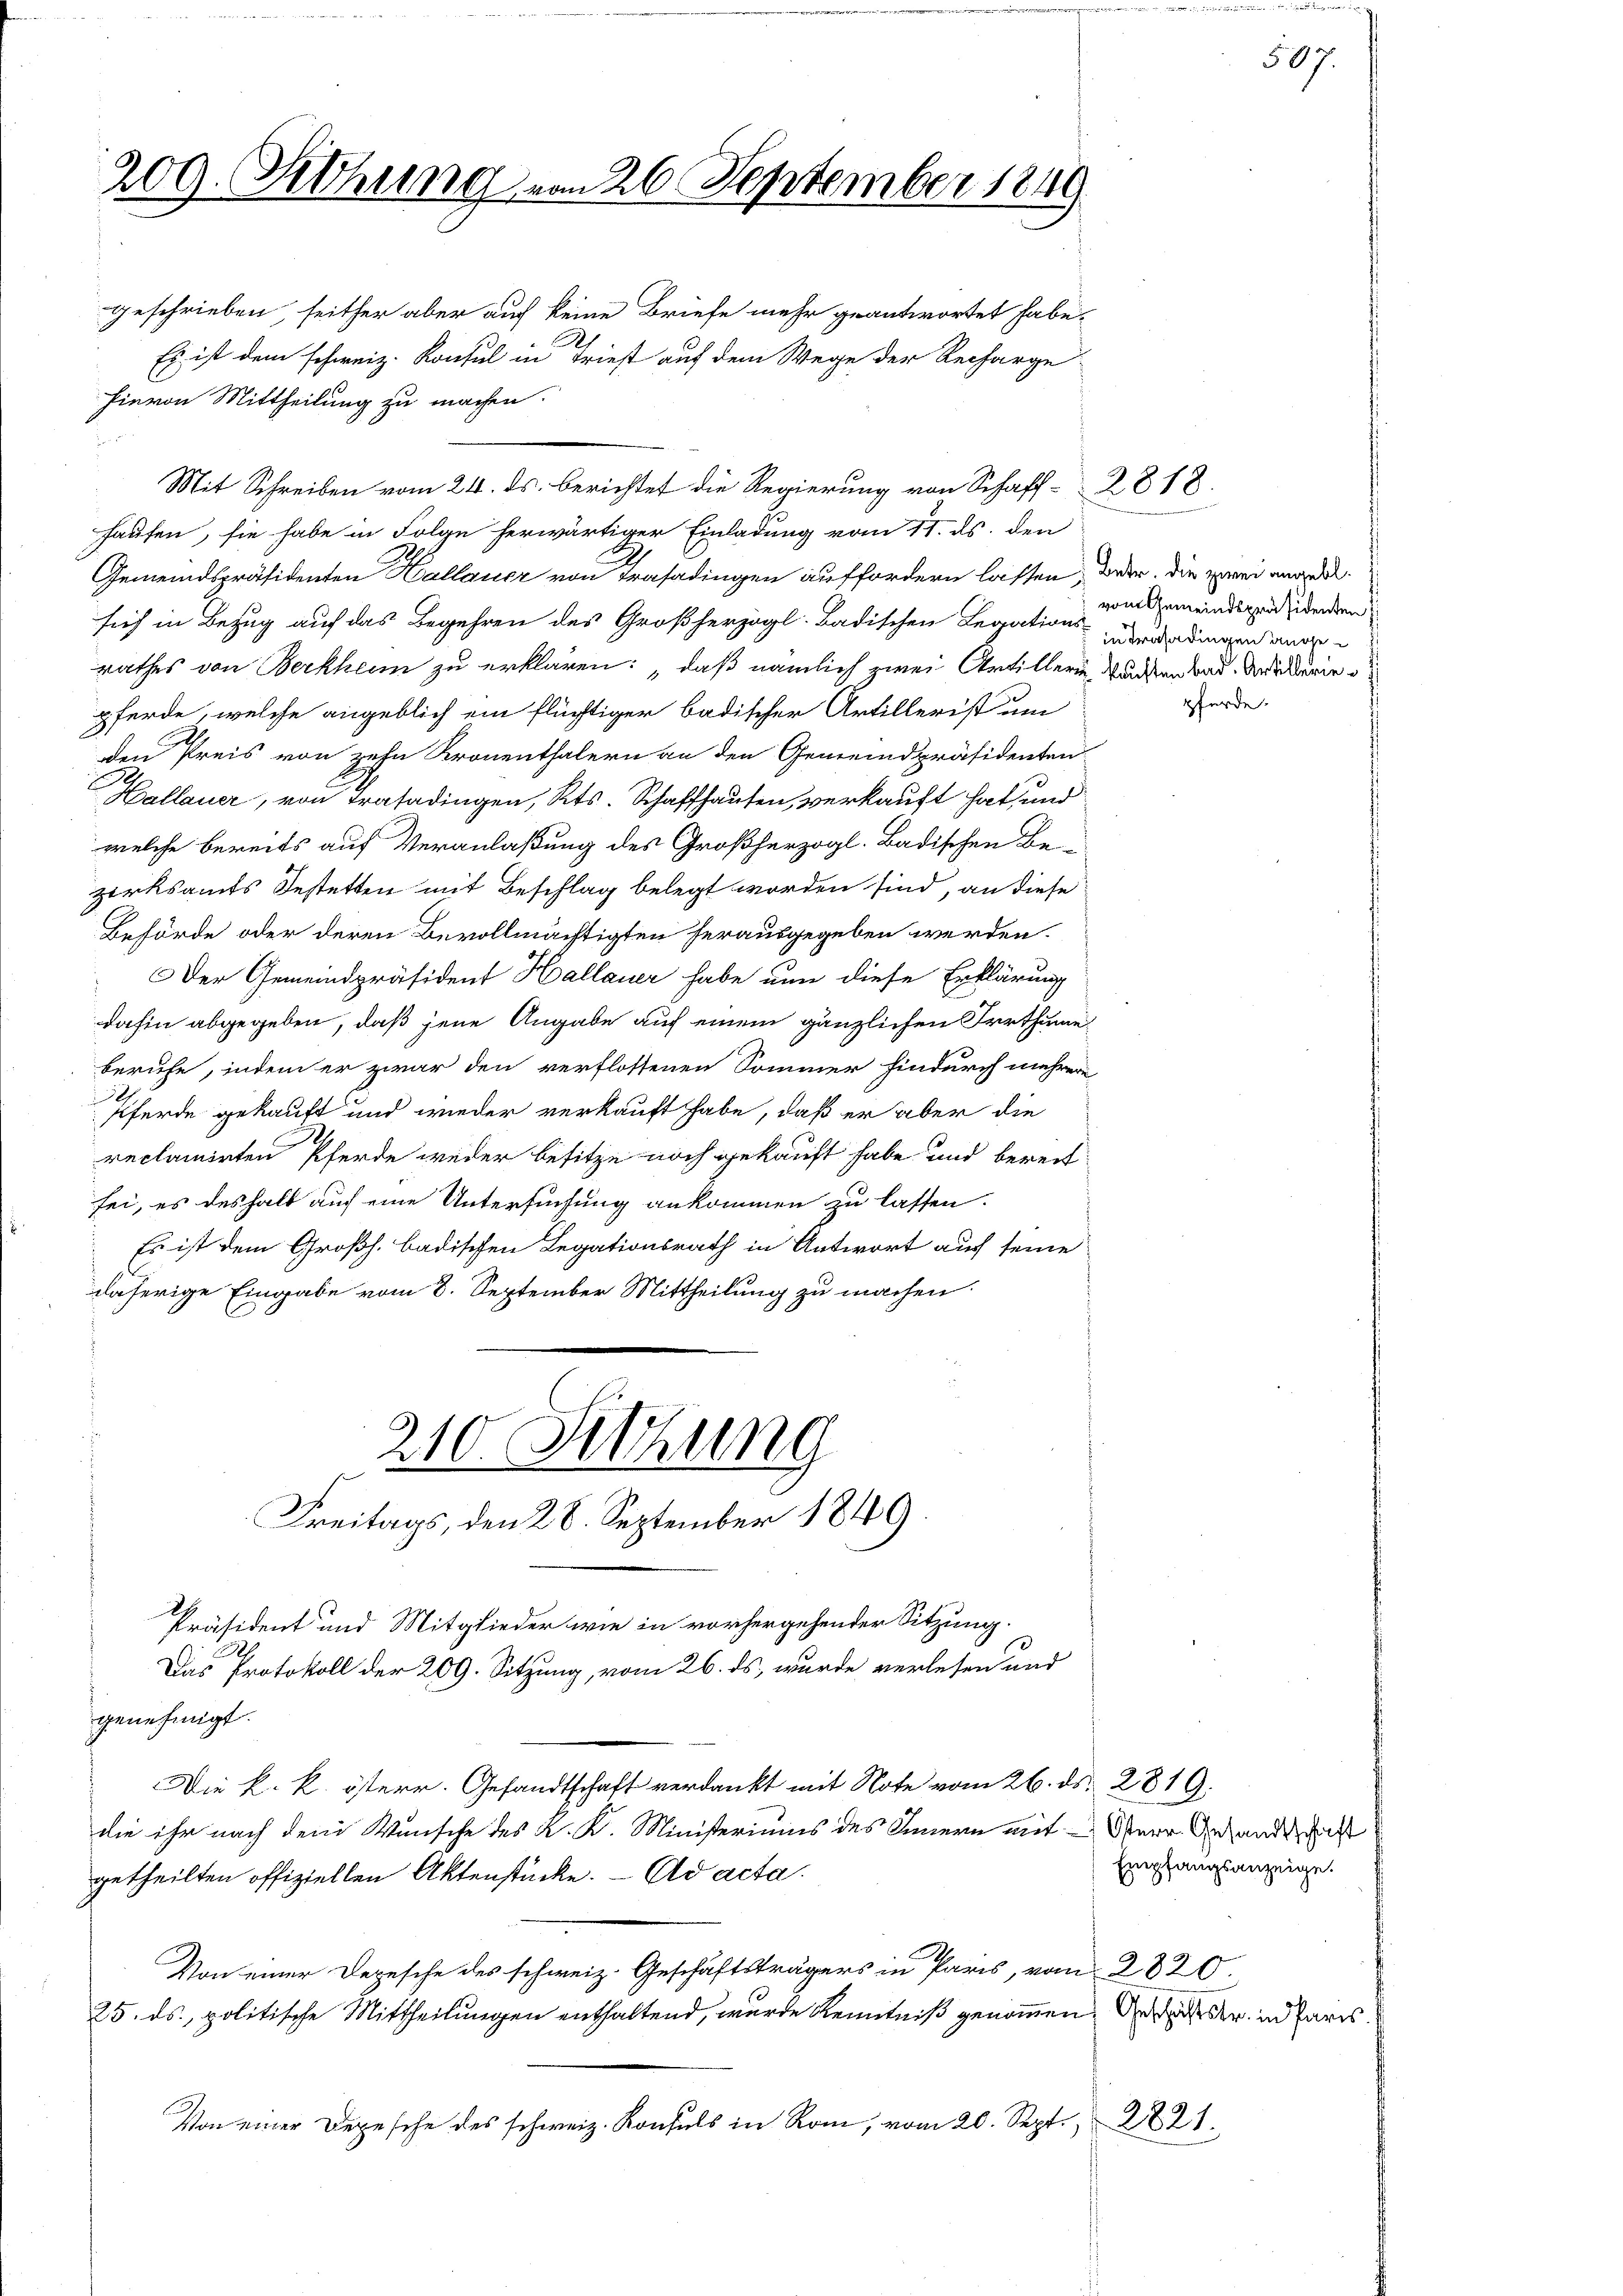
209. Sitzung vom 26. September 1849

geschrieben, seither aber auch keine Briefe mehr geantwortet habe.
Es ist dem schweiz. Konsul in Friest auf dem Wege der Recharge
hievon Mittheilung zu machen.
hausen, sie habe in Folge herwärtiger Einladung vom 11. ds. den
Gemeindspräsidenten Hallauer von Trasadingen auffordern lassen, da er die zwei angesich in Bezug auf das Begehren des Großherzogl. Badischen Legationserer Can
rathes von Berkheim zu erklären: „daß nämlich zwei Artillerin, wurden bad. Andederie
pferde, welche angeblich ein flüchtiger badischer Artillerist um
den Preis von zehn Kronenthalern an den Gemeindspräsidenten
Hallauer, von Trasadingen, Kts. Schaffhausen, verkauft hat, und
welche bereits auf Veranlaßung des Großherzogl. Badischen Be-
zirksamts Bestetten mit Beschlag belegt worden sind, an diese
Behörde oder deren Bevollmächtigten herausgegeben werden.
Der Gemeindspräsident Hallauer habe nun diese Erklärung
s
dahin abgegeben, daß jene Angabe auf einem gänzlichen Irrthume
beruhe, indem er zwar den verflossenen Sommer hindurch mehrere
Pferde gekauft und wieder verkauft habe, daß er aber die
reclamirten Pferde weder besitze noch gekauft habe und bereit
sei, es deshalb auf eine Untersuchung ankommen zu lassen.
s
Es ist dem Großh. badischen Legationsrath in Antwort auf seine
daherige Eingabe vom 8. September Mittheilung zu machen

210. Sitzung
Freitags, den 28. September 1849

Mit Schreiben vom 24. ds. berichtet die Regierung von Schaff- 2818.

Präsident und Mitglieder wie in vorhergehender Sitzung.
2
Das Protokoll der 209. Sitzung, vom 26. ds. wurde verlesen und
genehmigt.
Die k. k. österr. Gesandtschaft verdankt mit Note vom 26. ds. 2819.
die ihr nach dem Wunsche des K. K. Ministeriums des Innern mit Oner Gesandtschaft
getheilten offiziellen Aktenstücke. Ad acta.
Von einer Depesche des schweiz. Geschäftsträgers in Paris, vom 2820.
25. ds., politische Mittheilungen enthaltend, wurde Kenntniß genommen, der der in Parrs
Von einer Depesche des schweiz. Konsuls in Rom, vom 20. Sept., 2821.

vom Gemeindspräsidenten

pferde.

Empfangsanzeige.

507.